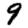
Digit: 9